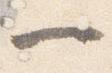
一